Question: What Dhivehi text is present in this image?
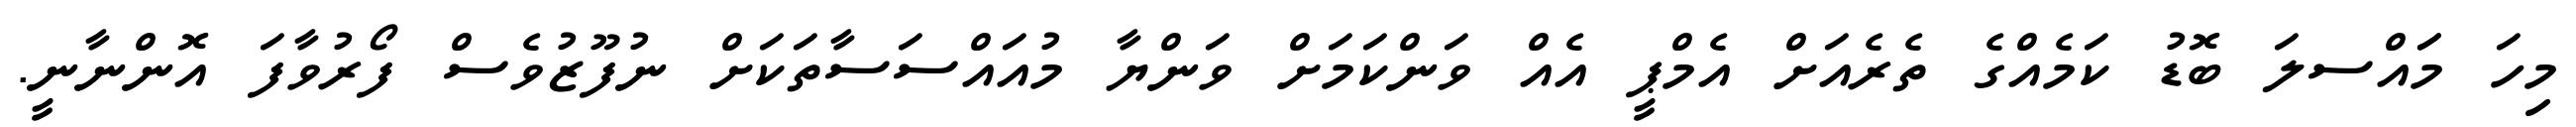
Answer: މިހަ މަައްސލަ ބޮޑު ކަމެއްގެ ތެރެއަށް އެމްޕީ އެއް ވަންކަމަށް ވަންޔާ މުއައްސަސާތަކަށް ނުފޫޒުވެސް ފޯރުވާފަ އޮންނާނީ.